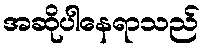
အဆိုပါနေရာသည်